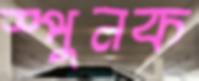
স্পুনক